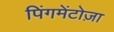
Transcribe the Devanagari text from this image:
पिंगमेंटोज़ा